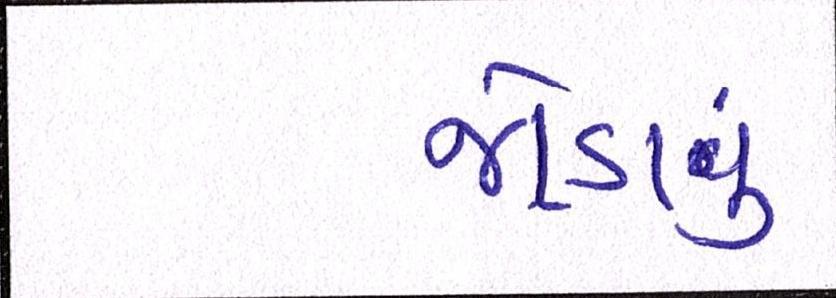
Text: જોડાવું